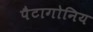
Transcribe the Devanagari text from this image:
पैटागोनिय